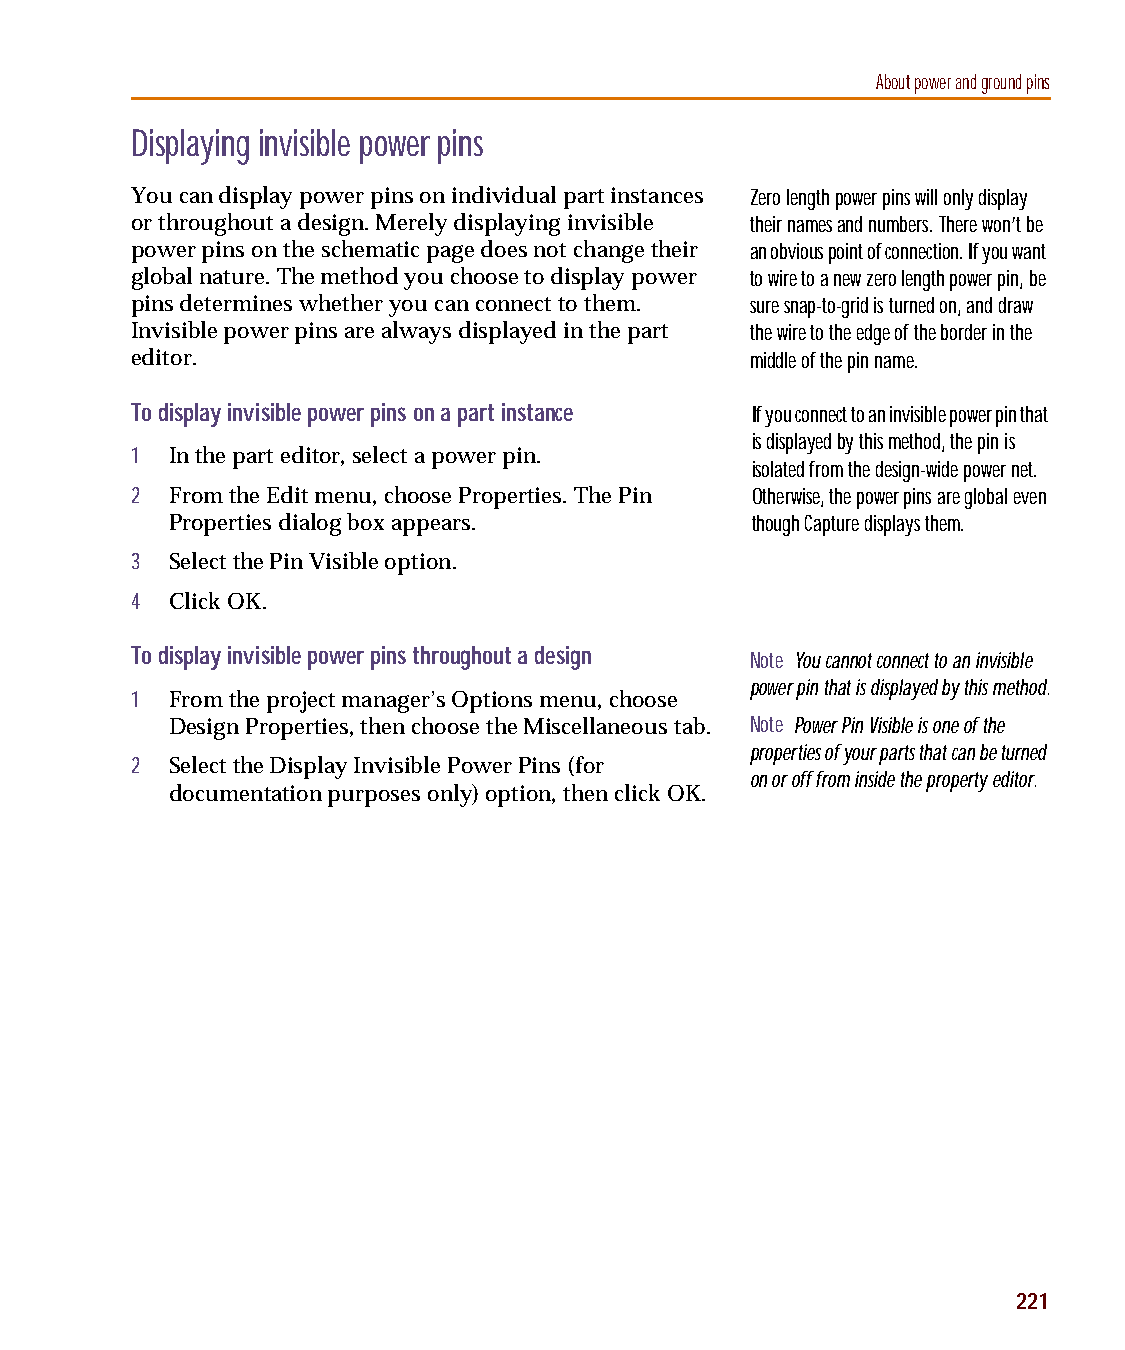
capug.book Page 221 Thursday, November 12, 1998 3:38 PM
 About power and ground pins
 Displaying invisible power pins
 You can display power pins on individual part instances Zero length power pins will only display
 or throughout a design. Merely displaying invisible their names and numbers. There won’t be
 power pins on the schematic page does not change their an obvious point of connection. If you want
 global nature. The method you choose to display power to wire to a new zero length power pin, be
 pins determines whether you can connect to them. sure snap-to-grid is turned on, and draw
 Invisible power pins are always displayed in the part the wire to the edge of the border in the
 editor.                                  middle of the pin name.
 To display invisible power pins on a part instance If you connect to an invisible power pin that
 is displayed by this method, the pin is
 1 In the part editor, select a power pin.
 isolated from the design-wide power net.
 2 From the Edit menu, choose Properties. The Pin Otherwise, the power pins are global even
 Properties dialog box appears.         though Capture displays them.
 3 Select the Pin Visible option.
 4 Click OK.
 To display invisible power pins throughout a design Note You cannot connect to an invisible
 power pin that is displayed by this method.
 1 From the project manager’s Options menu, choose
 Design Properties, then choose the Miscellaneous tab. Note Power Pin Visible is one of the
 properties of your parts that can be turned
 2 Select the Display Invisible Power Pins (for
 on or off from inside the property editor.
 documentation purposes only) option, then click OK.
 221